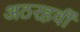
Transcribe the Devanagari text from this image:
अठरहवीं